Vital statistics of India. Vol. V, Reports of 1876 on armies & jails and on epidemic cholera
Year: 1876
Disease focus: Cholera
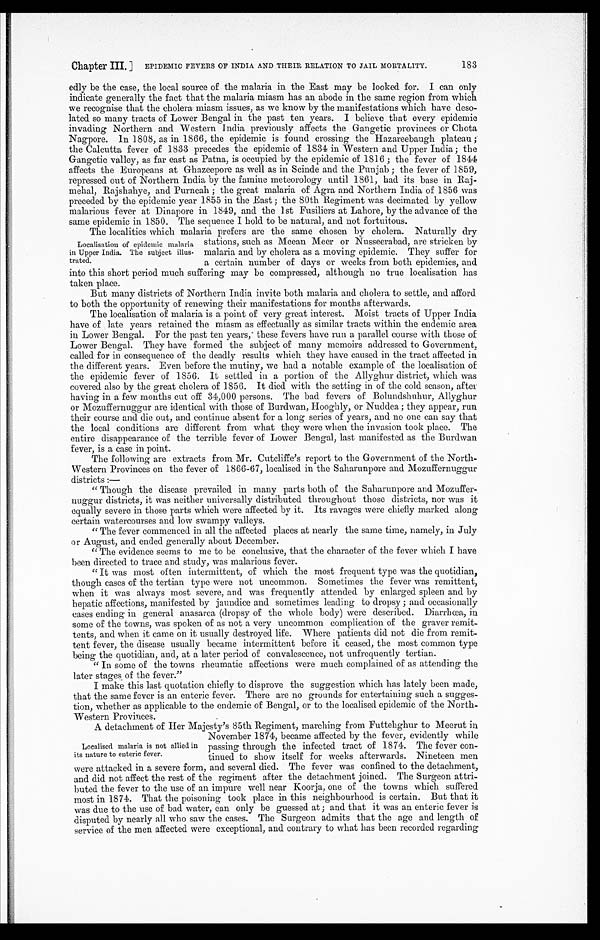
Chapter III.] EPIDEMIC FEVERS OF INDIA AND THEIR RELATION TO JAIL MORTALITY.
183
edly be the case, the local source of the malaria in the East may be looked for. I can only
indicate generally the fact that the malaria miasm has an abode in the same region from which
we recognise that the cholera miasm issues, as we know by the manifestations which have deso
-lated so many tracts of Lower Bengal in the past ten years. I believe that every epidemic
invading Northern and Western India previously affects the Gangetic provinces or Chota
Nagpore. In 1808, as in 1866, the epidemic is found crossing the Hazareebaugh plateau ;
the Calcutta fever of 1833 precedes the epidemic of 1834 in Western and Upper India ; the
Gangetic valley, as far east as Patna, is occupied by the epidemic of 1816 ; the fever of 1844
affects the Europeans at Ghazeepore as well as in Scinde and the Punjab ; the fever of 1859,
repressed out of Northern India by the famine meteorology until 1861, had its base in Raj
-mehal, Rajshahye, and Purneah ; the great malaria of Agra and Northern India of 1856 was
preceded by the epidemic year 1855 in the East ; the 80th Regiment was decimated by yellow
malarious fever at Dinapore in 1849, and the 1st Fusiliers at Lahore, by the advance of the
s a m e e p i d e m i c i n 1 8 5 0 . T h e s e q u e n c e I h o l d t o b e n a t u r a l , a n d n o t f o r t u i t o u s .
The localities which malaria prefers are the same chosen by cholera. Naturally dry
stations, such as Meean Meer or Nusseerabad, are stricken by
malaria and by cholera as a moving epidemic. They suffer for
a certain number of days or weeks from both epidemics, and
into this short period much suffering may be compressed, although no true localisation has t a k e n p l a c e .
But many districts of Northern India invite both malaria and cholera to settle, and afford
to both the opportunity of renewing their manifestations for months afterwards.
The localisation of malaria is a point of very great interest. Moist tracts of Upper India
have of late years retained the miasm as effectually as similar tracts within the endemic area
in Lower Bengal. For the past ten years, these fevers have run a parallel course with those of
Lower Bengal. They have formed the subject of many memoirs addressed to Government,
called for in consequence of the deadly results which they have caused in the tract affected in
the different years. Even before the mutiny, we had a notable example of the localisation of
the epidemic fever of 1856. It settled in a portion of the Allyghur district, which was
covered also by the great cholera of 1856. It died with the setting in of the cold season, after
having in a few months cut off 34,000 persons. The bad fevers of Bolundshuhur, Allyghur
or Mozuffernuggur are identical with those of Burdwan, Hooghly, or Nuddea ; they appear, run
their course and die out, and continue absent for a long series of years, and no one can say that
the local conditions are different from what they were when the invasion took place. The
entire disappearance of the terrible fever of Lower Bengal, last manifested as the Burdwan
fever, is a case in point.
The following are extracts from Mr. Cutcliffe's report to the Government of the North
-Western Provinces on the fever of 1866-67, localised in the Saharunpore and Mozuffernuggur
districts :
—
"Though the disease prevailed in many parts both of the Saharunpore and Mozuffer
-nuggur districts, it was neither universally distributed throughout those districts, nor was it
equally severe in those parts which were affected by it. Its ravages were chiefly marked along
certain watercourses and low swampy valleys.
"The fever commenced in all the affected places at nearly the same time, namely, in July
or August, and ended generally about December.
"The evidence seems to me to be conclusive, that the character of the fever which I have
been directed to trace and study, was malarious fever.
"It was most often intermittent, of which the most frequent type was the quotidian,
though cases of the tertian type were not uncommon. Sometimes the fever was remittent,
when it was always most severe, and was frequently attended by enlarged spleen and by
hepatic affections, manifested by jaundice and sometimes leading to dropsy ; and occasionally
cases ending in general anasarca (dropsy of the whole body) were described. Diarrhœa, in
some of the towns, was spoken of as not a very uncommon complication of the graver remit
-tents, and when it came on it usually destroyed life. Where patients did not die from remit
-tent fever, the disease usually became intermittent before it ceased, the most common type
being the quotidian, and, at a later period of convalescence, not unfrequently tertian.
"In some of the towns rheumatic affections were much complained of as attending the
later stages of the fever."
I make this last quotation chiefly to disprove the suggestion which has lately been made,
that the same fever is an enteric fever. There are no grounds for entertaining such a sugges
-tion, whether as applicable to the endemic of Bengal, or to the localised epidemic of the North
- W e s t e r n P r o v i n c e s .
A detachment of Her Majesty's 85th Regiment, marching from Futtehghur to Meerut in
November 1874, became affected by the fever, evidently while
passing through the infected tract of 1874. The fever con -
tinued to show itself for weeks afterwards. Nineteen men
were attacked in a severe form, and several died. The fever was confined to the detachment
, and did not affect the rest of the regiment after the detachment joined. The Surgeon attri
-buted. the fever to the use of an impure well near Koorja, one of the towns which suffered
most in 1874. That the poisoning took place in this neighbourhood is certain. But that it
was due to the use of bad water, can only be guessed at; and that it was an enteric fever is
disputed by nearly all who saw the cases. The Surgeon admits that the age and length of
service of the men affected were exceptional, and contrary to what has been recorded regarding
Localisation of epidemic malaria
in Upper India. The subject illus
-trated.
Localised malaria is not allied in
its nature to enteric fever.